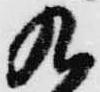
九